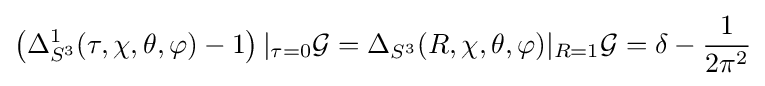
\left(\Delta _{S^{3}}^{1}(\tau ,\chi ,\theta ,\varphi )-1\right)|_{\tau =0}{\mathcal {G}}=\Delta _{S^{3}}(R,\chi ,\theta ,\varphi )|_{R=1}{\mathcal {G}}=\delta -{\frac {1}{2\pi ^{2}}}